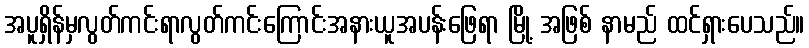
အပူရှိန်မှလွတ်ကင်းရာလွတ်ကင်းကြောင်းအနားယူအပန်းဖြေရာ မြို့ အဖြစ် နာမည် ထင်ရှားပေသည်။